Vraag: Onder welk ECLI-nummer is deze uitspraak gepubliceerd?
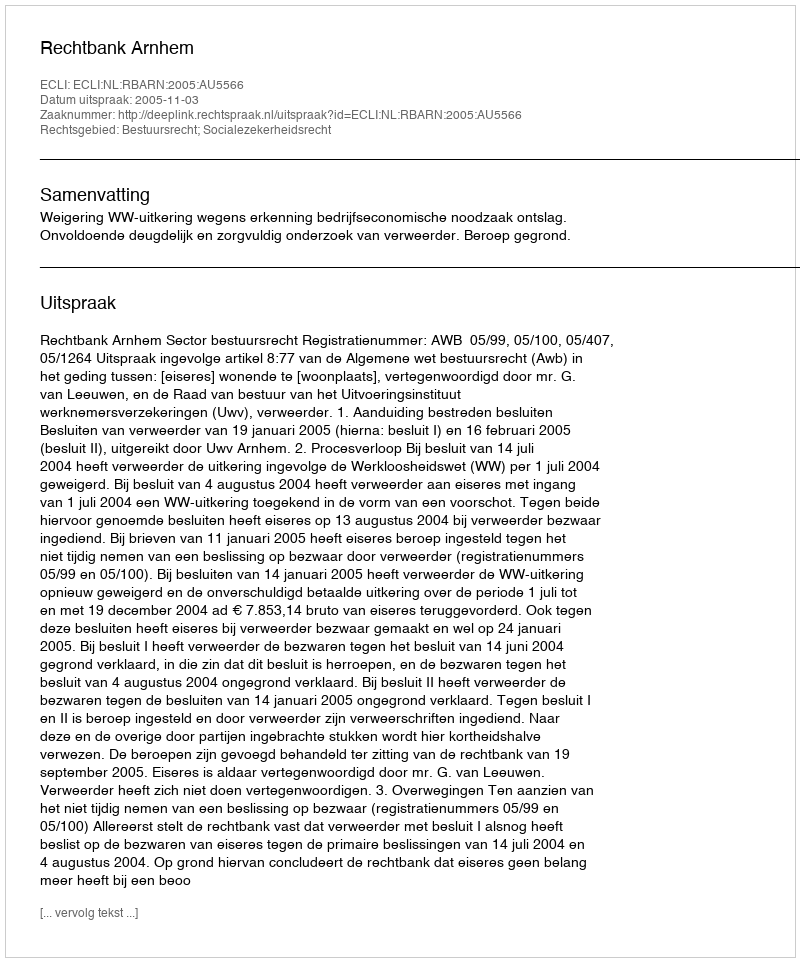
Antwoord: ECLI:NL:RBARN:2005:AU5566